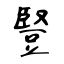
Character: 豎